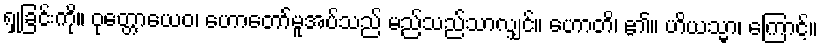
ရှုခြင်းကို။ ဝုတ္တောယေဝ၊ ဟောတော်မူအပ်သည် မည်သည်သာလျှင်။ ဟောတိ၊ ၏။ ဟိယသ္မာ၊ ကြောင့်။